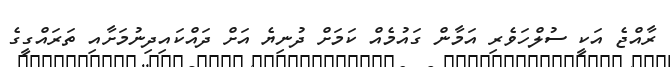
ރާއްޖެ އަކީ ސުލްހަވެރި އަމާން ގައުމެއް ކަމަށް ދުނިޔެ އަށް ދައްކައިދިނުމަށާއި ތަރައްގީގެ